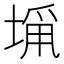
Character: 𭏁